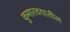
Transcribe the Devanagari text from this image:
कुमारवयातील